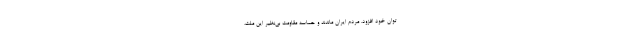
توان خود افزود. مردم ایران ماندند و حماسه مقاومتِ بی‌نظیر این ملت،